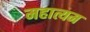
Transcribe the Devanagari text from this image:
महात्यम